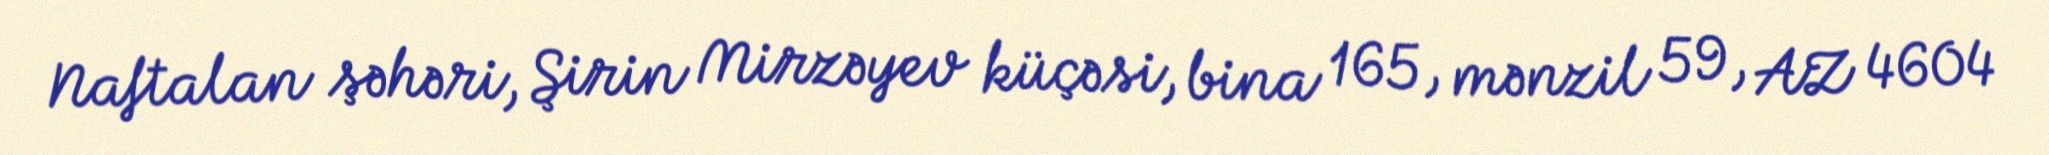
Naftalan şəhəri, Şirin Mirzəyev küçəsi, bina 165, mənzil 59, AZ 4604